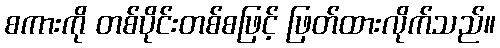
စကားကို တစ်ပိုင်းတစ်စဖြင့် ဖြတ်ထားလိုက်သည်။